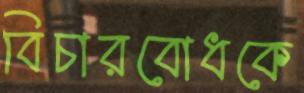
বিচারবোধকে